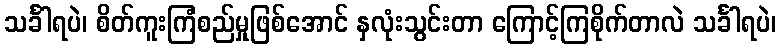
သင်္ခါရပဲ၊ စိတ်ကူးကြံစည်မှုဖြစ်အောင် နှလုံးသွင်းတာ ကြောင့်ကြစိုက်တာလဲ သင်္ခါရပဲ၊